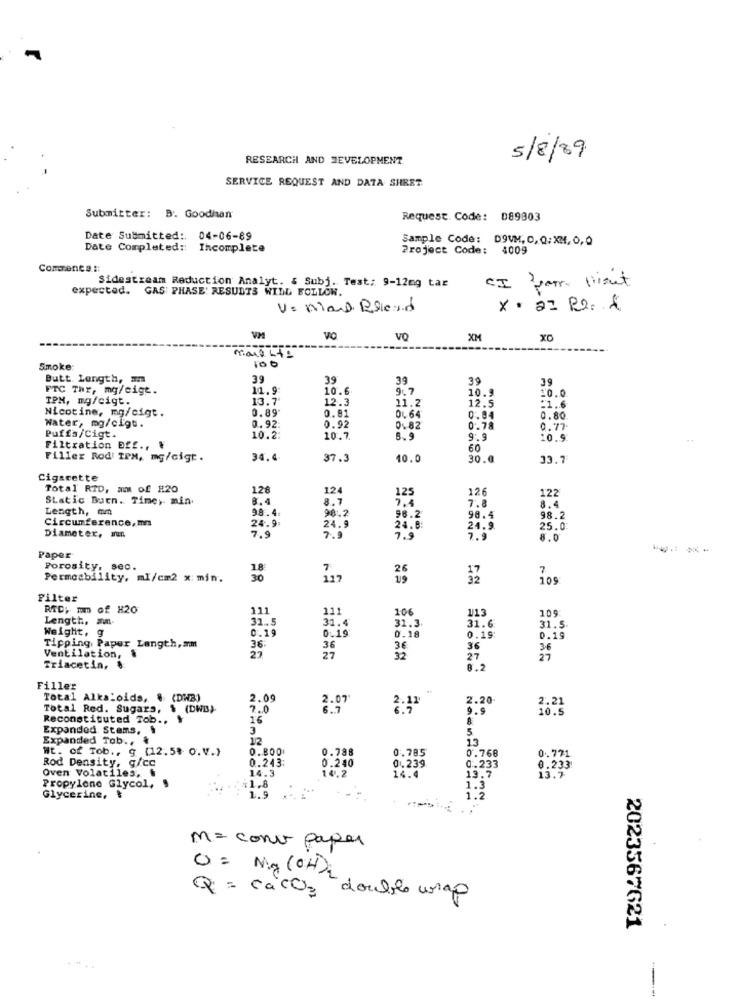
RESEARCH AND DEVELOPMENT
5/8/89
SERVICE REQUEST AND DATA SHEET
Submitter:
B. Goodhan
Request. Code: D89303
Date Submitted :.
04-06-89
Sample Code: D9UM, 0, 0:XM, 0,0
Date Completed ::
Incomplete
Project Code: 4009
Commenta ::
CI von priset
expected. GAS PHASE' RESULTS WILL FOLLOW.
Sidestream Reduction Analyt. & Subj. Test: 9-12mg tar
V= Mand Roerd
VM
VO
VO
XM
XO
matite
Smoke
Butt. Length,
39
39
39
39
39
FTC Thr, mg/cigt.
11.9
10.6
9L 7
10.9
20.0
TPM, mg/cigt.
13.7
12.3
11.2
Nicotine, mg/cigt.
0.89
0.81
12.5
:1.6
Water, mg/cigt.
OL 64'
0.84
0.80
0.92
0.92
0.82
0.78
0.77
Puffa/Cigt.
10.2
10.7
9.9
10.9
Filtration Bff ., .
60
Filler Rodi TPM, mg/cigt .
34.6
37.3
10.0
30.0
33.7
Cigarette
Total RTD, m of #20
128
124
125
126
122
Static Burn. Time, min.
8.4
8.7
7.4
8.4
Length, mm
98 .4
7.8
Circumference, mm
24.9:
98.2
96.2
98.4
98.2
Diameter, mun
7.9
24.9
24.8:
24.9
25.0
7.9
7.9
7.9
8.0
----
Paper
Porosity, sec.
18
7
7
Permeability, ml/cm2 x: min.
30
127
105
Filter
RTD; mm of H20
111
11
106
113
109
Length, m.
31.5
31.4
Weight, g
0.19
0.19
31.3
31.6
31.5
Tipping Paper Length,am
0.18
0.19
0.19
36:
36
36
36
Ventilation,
27
3.2
27
27
Triacetin,
8.2
Filler
Total Alkaloids, & (DWB)
2.09
2.07
2.11
2.20
Total Red. Sugars, $ (DWB)-
7.0
9.9
2.21
Reconstituted Tob ..
16
8
Expanded Stams,
3
5
Expanded Tob ., &
12
13
Wt. of Tob ., g (12.58 O.V.)
O.BOO
0.788
0.785
Rod Density, g/cc
0.243:
0.240
0.768
0.771
14.3
04.239
0.233
19.7
0.233
Propylene Glycol, $
Oven Volatiles, .
14.2
14.4
13.7
₹1.8
1.3
Glycerine, &
1.9
1.2
m= const paper
O= Mg (OH)
Q = caCO= double wrap
2023567621
-